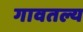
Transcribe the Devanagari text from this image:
गावतल्य